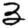
Digit: 3